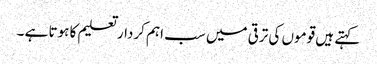
کہتے ہیں قوموں کی ترقی میں سب اہم کردار تعلیم کا ہوتا ہے ۔